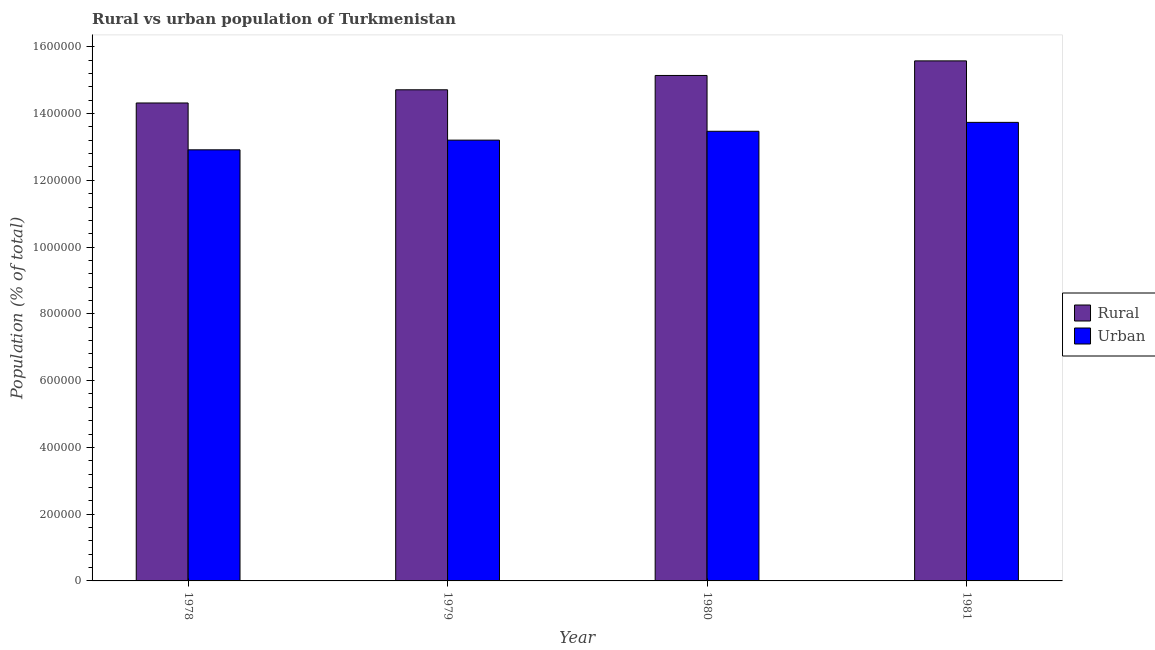
| Year | Rural | Urban |
 | --- | --- | --- |
 | 1978 | 1.43e+06 | 1.29e+06 |
 | 1979 | 1.47e+06 | 1.32e+06 |
 | 1980 | 1.51e+06 | 1.35e+06 |
 | 1981 | 1.56e+06 | 1.37e+06 |